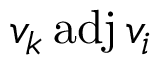
v _ { k } \operatorname { a d j } v _ { i }